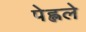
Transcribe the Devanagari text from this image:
पेह्लले